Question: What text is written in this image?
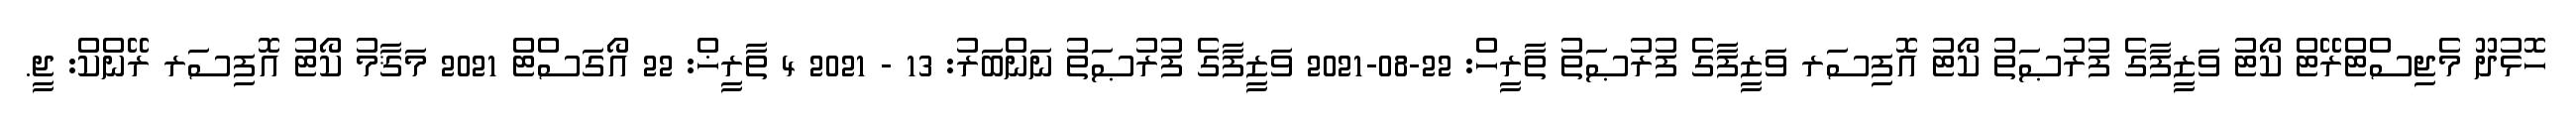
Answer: ހޮޅުދޫ މެޖިސްޓްރޭޓް ކޯޓު ވަޒީފާގެ ފުރުޞަތު ކޯޓު އޮފިސަރ ވަޒީފާގެ ފުރުޞަތު ތާރީހް: 22-08-2021 ވަޒީފާގެ ފުރުޞަތު ނަންބަރު: 13 - 2021 4 ތާރީޚް: 22 އޯގަސްޓް 2021 މަޤާމު ކޯޓު އޮފިސަރ ރޭންކް: ޖީ.